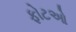
ફોટઓ